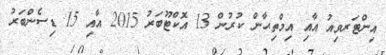
އިންޓަރވިއު އާއި އިމްތިޙާން ކުރުން 13 އޮކްޓޫބަރު 2015 އާއި 15 ޑިސެންބަރު